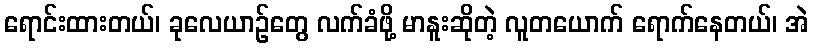
ရောင်းထားတယ်၊ ခုလေယာဉ်တွေ လက်ခံဖို့ မာနူးဆိုတဲ့ လူတယောက် ရောက်နေတယ်၊ အဲ